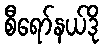
စီရော်နယ်ဒို